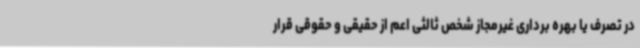
در تصرف یا بهره برداری غیرمجاز شخص ثالثی اعم از حقیقی و حقوقی قرار